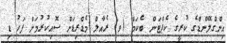
އިންގްލޭންޑްގެ ކުރީގެ ކެޕްޓަން ބެކަމް (ވ) ރެއާލް މެޑްރިޑަށް ސޮއިކުރުމަށް ފަހު ޑި